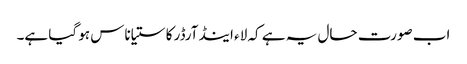
اب صورت حال یہ ہے کہ لاء اینڈ آرڈر کا ستیاناس ہو گیا ہے۔